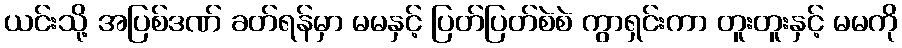
ယင်းသို့ အပြစ်ဒဏ် ခတ်ရန်မှာ မမနှင့် ပြတ်ပြတ်စဲစဲ ကွာရှင်းကာ တူးတူးနှင့် မမကို